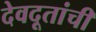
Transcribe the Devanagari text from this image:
देवदूतांची